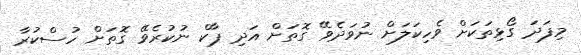
މިފަދަ ގޯޅިތަކަށް ވެހިކަލަށް ނުވަދެވޭ ގޮތަށް އަދި ޕާކް ނުކުރެވޭ ގޮތަށް ހުސްކުރާ